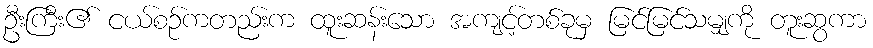
ဦးကြီး၏ ငယ်စဉ်ကတည်းက ထူးဆန်းသော အကျင့်တစ်ခုမှ မြင်မြင်သမျှကို တူးဆွကာ